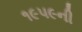
૧૯૫૯ની